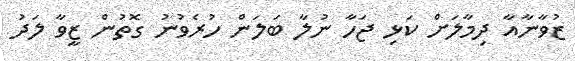
ޒުވާނާއާ ދިމާލަށް ކަޅި ޖަހާ ނުލާ ބަލަން ހުރެވުނު ގޮތުން ޒީވާ ލަދު